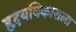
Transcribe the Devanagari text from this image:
हृदयविकाराला